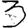
Digit: 3